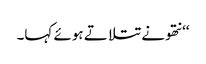
‘‘ نتھو نے تتلاتے ہوئے کہا۔